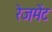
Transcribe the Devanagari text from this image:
रेजमेंट